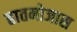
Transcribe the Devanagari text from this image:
हातमोजास